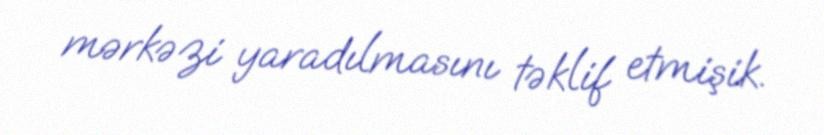
mərkəzi yaradılmasını təklif etmişik.